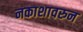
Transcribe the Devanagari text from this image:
नकाशावरुन